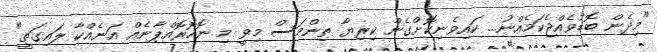
"މިދެން ބޮޑުވެއްޖެކަމެއްނު... ކައިވެނިކޮށްގެން ކިރިޔާ ތިންމަސް މިވީ މި ނޮހޮރޮއްޕާނެއް އަނެއްކާ ލައިގަތީ"